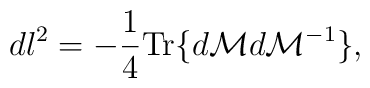
dl^2=-\frac{1}{4} {\rm Tr} \{d{\cal M}d{\cal M}^{-1}\},